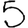
Digit: 5